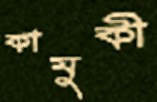
কামুকী